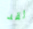
لقد